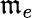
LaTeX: \mathfrak{m}_{e}